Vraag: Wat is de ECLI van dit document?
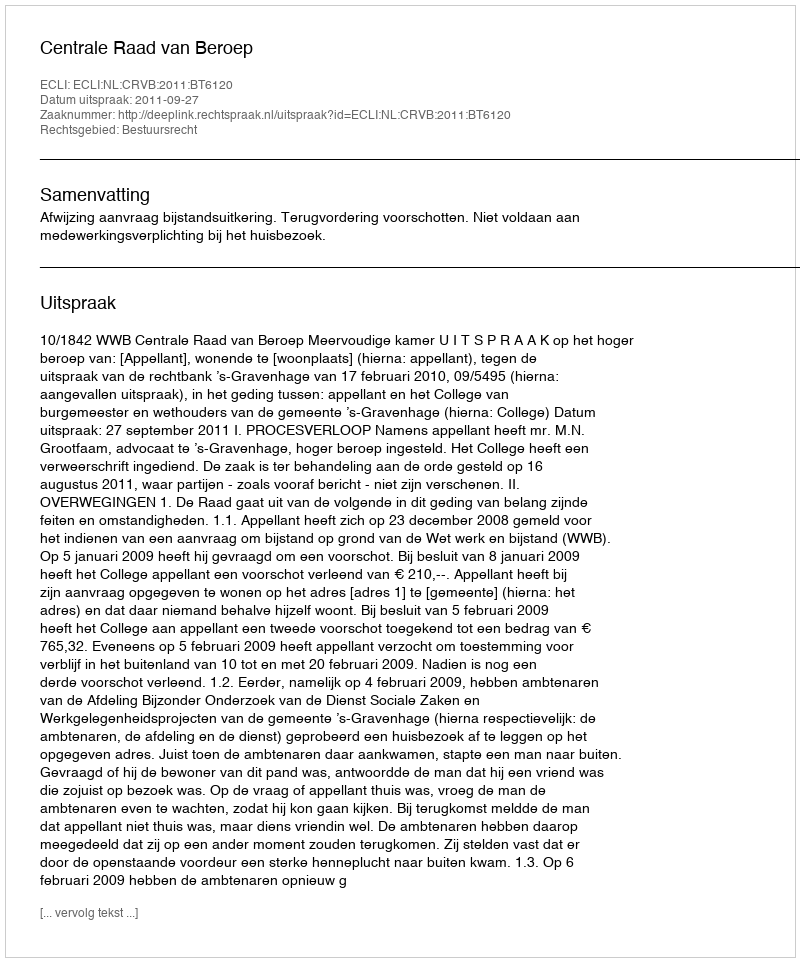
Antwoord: ECLI:NL:CRVB:2011:BT6120